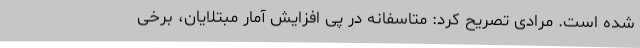
شده است. مرادی تصریح کرد: متاسفانه در پی افزایش آمار مبتلایان، برخی